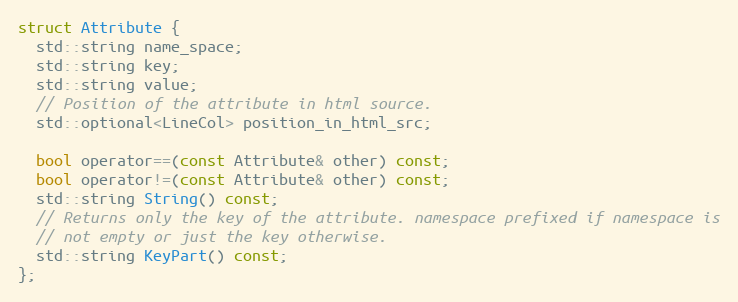
Language: C
struct Attribute {
  std::string name_space;
  std::string key;
  std::string value;
  // Position of the attribute in html source.
  std::optional<LineCol> position_in_html_src;

  bool operator==(const Attribute& other) const;
  bool operator!=(const Attribute& other) const;
  std::string String() const;
  // Returns only the key of the attribute. namespace prefixed if namespace is
  // not empty or just the key otherwise.
  std::string KeyPart() const;
};